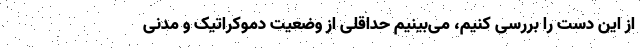
از این دست را بررسی کنیم، می‌بینیم حداقلی از وضعیت دموکراتیک و مدنی